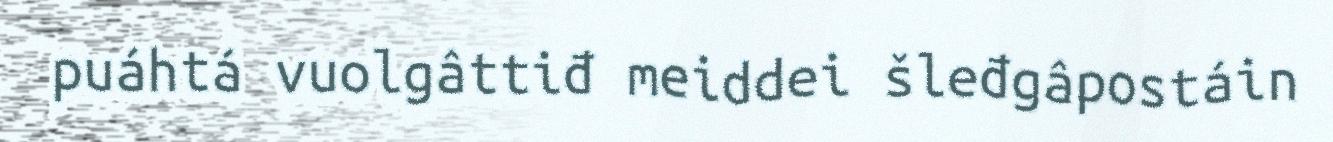
puáhtá vuolgâttiđ meiddei šleđgâpostáin